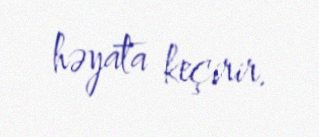
həyata keçirir.